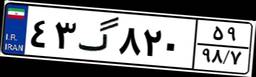
۴۳گ۸۲۰۵۹